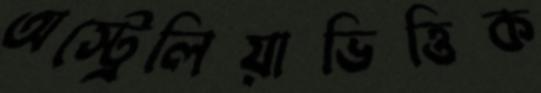
অস্ট্রেলিয়াভিত্তিক